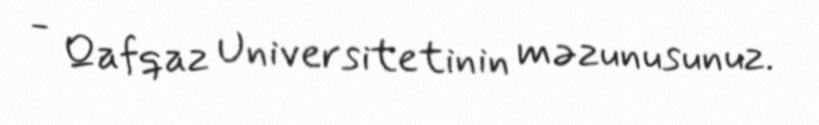
- Qafqaz Universitetinin məzunusunuz.